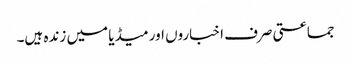
جماعتی صرف اخباروں اور میڈیا میں زندہ ہیں۔